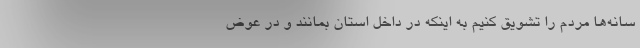
سانه‌ها مردم را تشویق کنیم به اینکه در داخل استان بمانند و در عوض